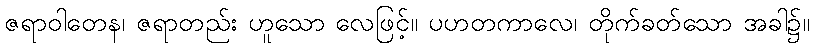
ဇရာဝါတေန၊ ဇရာတည်း ဟူသော လေဖြင့်။ ပဟတကာလေ၊ တိုက်ခတ်သော အခါ၌။